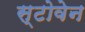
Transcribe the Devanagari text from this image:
स्टोवेन